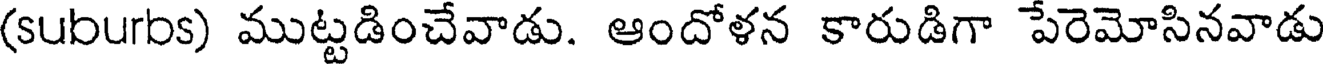
(suburbs) ముట్టడించేవాడు. ఆందోళన కారుడిగా పేరెమోసినవాడు